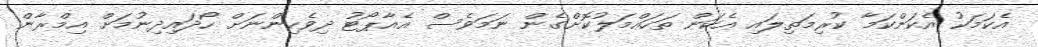
އެކަމަކު އެކަންކަމާ ކުރިމަތިލައި އެކަން ތަހައްމަލުކޮށްގެން ނަމަވެސް އެއާޕޯޓު ދިވެހިންނަށް ހޯދައިދިނުމަށް އިމްރާން